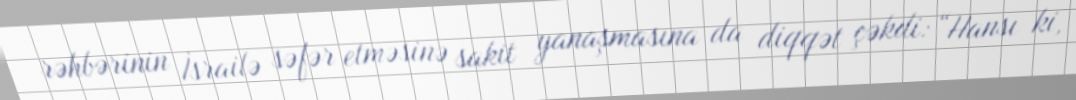
rəhbərinin İsrailə səfər etməsinə sakit yanaşmasına da diqqət çəkdi: “Hansı ki,